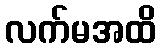
လက်မအထိ